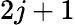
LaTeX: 2j+1